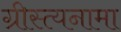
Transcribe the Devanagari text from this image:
ग्रीस्त्यनामा